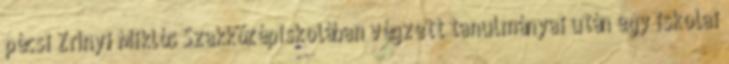
pécsi Zrínyi Miklós Szakközépiskolában végzett tanulmányai után egy iskolai